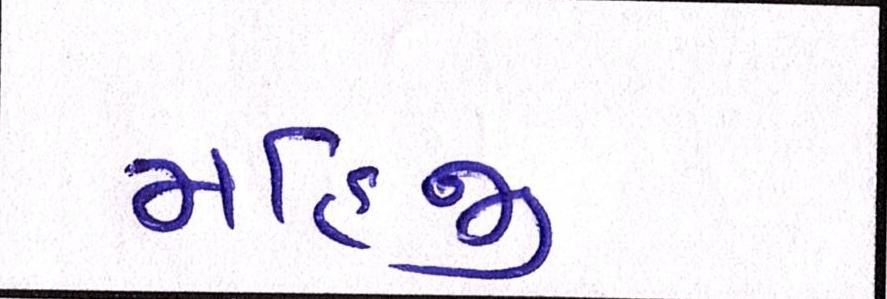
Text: મહિજી